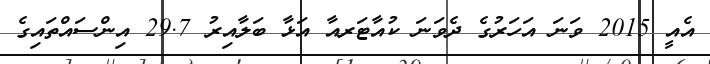
އެއީ 2015 ވަނަ އަހަރުގެ ދެވަނަ ކުއާޓަރއާ އަޅާ ބަލާއިރު 29.7 އިންސައްތައިގެ